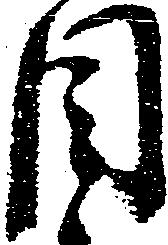
目